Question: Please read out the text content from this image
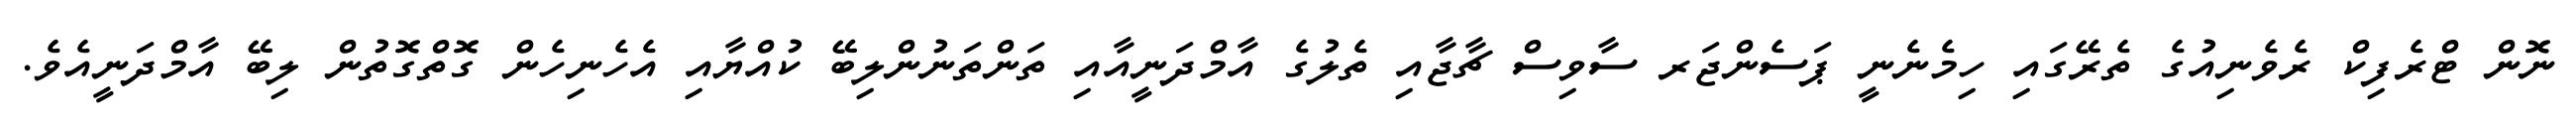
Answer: ނޮން ޓްރެފިކް ރެވެނިއުގެ ތެރޭގައި ހިމެނެނީ ޕަސެންޖަރ ސާވިސް ޗާޖާއި ތެލުގެ އާމްދަނީއާއި ތަންތަނުންލިބޭ ކުއްޔާއި އެހެނިހެން ގޮތްގޮތުން ލިބޭ އާމްދަނީއެވެ.